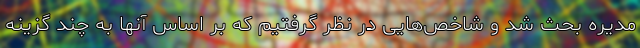
مدیره بحث شد و شاخص‌هایی در نظر گرفتیم که بر اساس آنها به چند گزینه